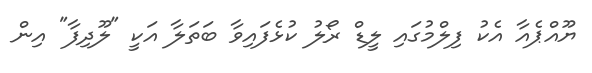
ޔޫއްޕެއާ އެކު ފިލްމުގައި ލީޑް ރޯލު ކުޅެފައިވާ ބަތަލާ އަކީ "ލޫދިފާ" އިން